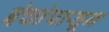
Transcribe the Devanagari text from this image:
इंचांपासून